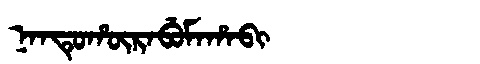
Manchu: ᠨᠠᠨᡨᡠᡥᡡᡵᠠᠪᡠᠮᠠᡥᠠᠪᡳ
Romanization: NANTUHŪRABUMAHABI